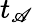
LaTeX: t_{\mathscr{A}}